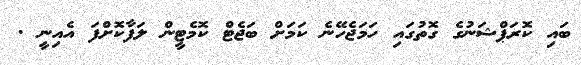
ބައި ކޮރަޕްޝަނުގެ ގޮތުގައި ހަމަޖެހޭނެ ކަމަށް ބަޖެޓް ކޮމެޓީން ލަފާކޮށްފަ އެއިނީ .